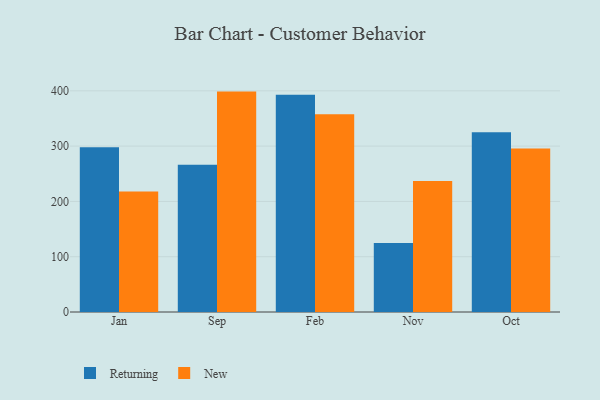
{"axis": {"x": "Month", "y": "Headcount"}, "legend": ["New", "Returning"], "data": [{"x": "Jan", "y": 297.8, "type": "Returning"}, {"x": "Jan", "y": 218.1, "type": "New"}, {"x": "Sep", "y": 266.1, "type": "Returning"}, {"x": "Sep", "y": 398.6, "type": "New"}, {"x": "Feb", "y": 392.8, "type": "Returning"}, {"x": "Feb", "y": 357.6, "type": "New"}, {"x": "Nov", "y": 124.7, "type": "Returning"}, {"x": "Nov", "y": 236.8, "type": "New"}, {"x": "Oct", "y": 325.0, "type": "Returning"}, {"x": "Oct", "y": 295.9, "type": "New"}]}